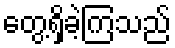
တွေ့ရှိခဲ့ကြသည်